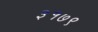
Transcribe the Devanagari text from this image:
३१७९